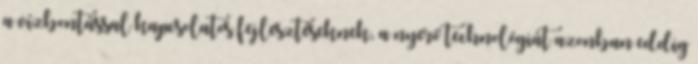
a vízbontással kapcsolatos fejlesztéseknek, a nyerő technológiát azonban eddig